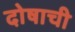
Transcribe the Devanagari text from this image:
दोषाची